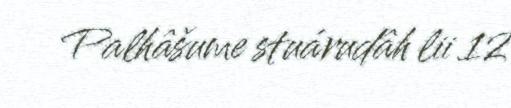
Palhâšume stuárudâh lii 12